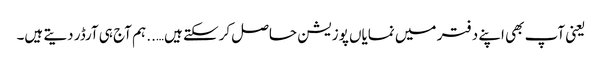
یعنی آپ بھی اپنے دفتر میں نمایاں پوزیشن حاصل کرسکتے ہیں….. ہم آج ہی آرڈر دیتے ہیں۔